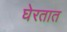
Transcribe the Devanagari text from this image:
घेरतात